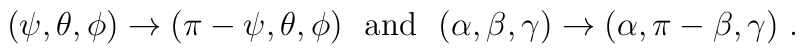
(\psi, \theta, \phi) \to (\pi-\psi, \theta, \phi)\ \ {\rm and}\ \ (\alpha, \beta, \gamma) \to (\alpha, \pi-\beta, \gamma)\ .